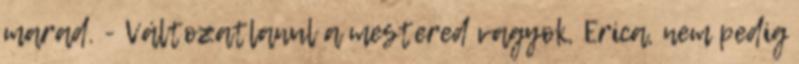
marad. - Változatlanul a mestered vagyok, Erica, nem pedig